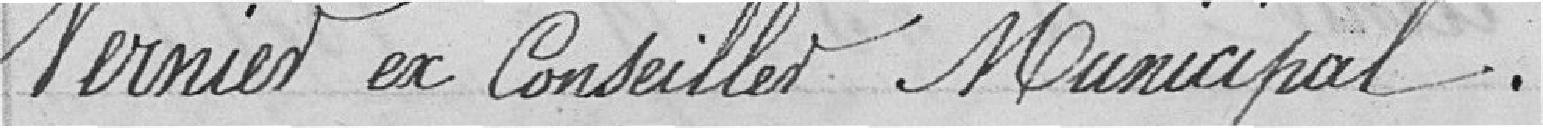
Vernier ex conseiller municipal.